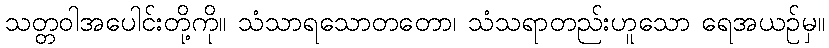
သတ္တဝါအပေါင်းတို့ကို။ သံသာရသောတတော၊ သံသရာတည်းဟူသော ရေအယဉ်မှ။